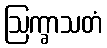
ဩက္ခာသတံ